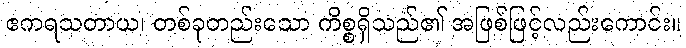
ဧကရသတာယ၊ တစ်ခုတည်းသော ကိစ္စရှိသည်၏ အဖြစ်ဖြင့်လည်းကောင်း။